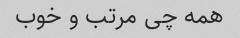
همه چی مرتب و خوب